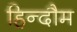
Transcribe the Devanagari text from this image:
हिन्दौम